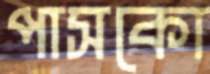
পাসকো